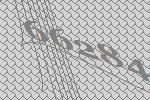
66284